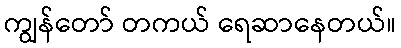
ကျွန်တော် တကယ် ရေဆာနေတယ်။